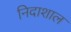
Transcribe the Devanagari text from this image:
निदाशाल